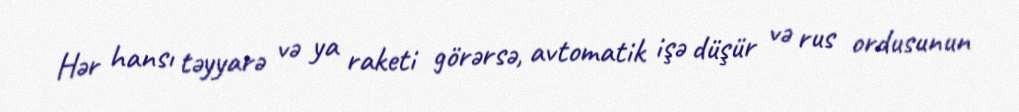
Hər hansı təyyarə və ya raketi görərsə, avtomatik işə düşür və rus ordusunun